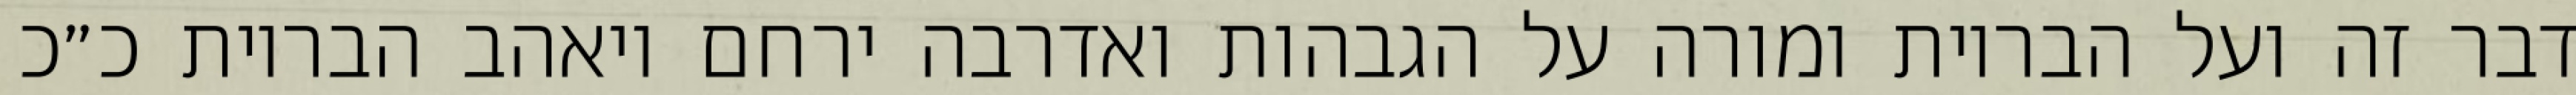
דבר זה ועל הבריות ומורה על הגבהות ואדרבה ירחם ויאהב הבריות כ״כ